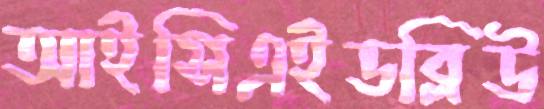
আইসিএইডব্লিউ